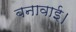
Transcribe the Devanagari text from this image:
बनावाई।